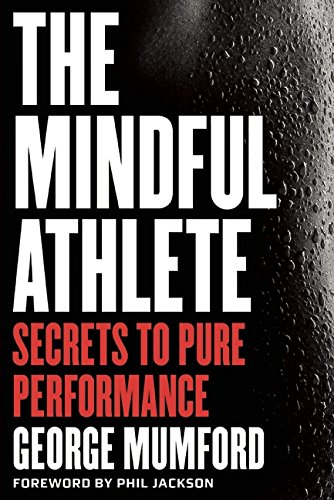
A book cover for The Mindful Athlete: Secrets to Pure Performance; George Mumford; Health, Fitness & Dieting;